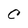
Character: C